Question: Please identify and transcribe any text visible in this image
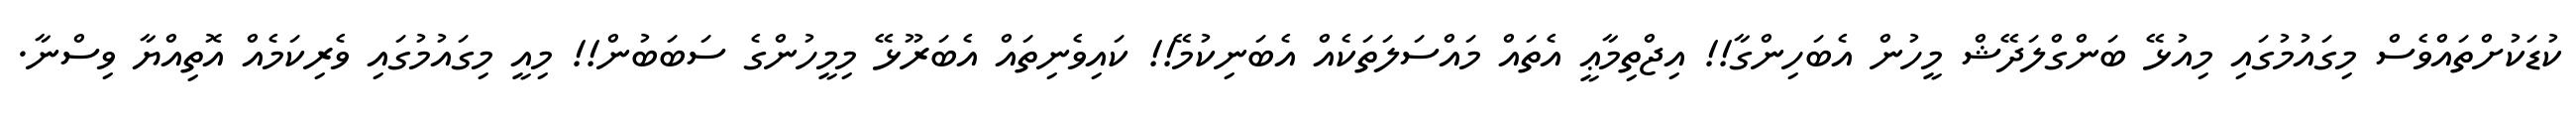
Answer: ކުޑަކުށްތައްވެސް މިގައުމުގައި މިއުޅޭ ބަންގްލަދޭޝް މީހުން އެބަހިންގާ!! އިޖްތިމާޢީ އެތައް މައްސަލަތަކެއް އެބަނިކުމޭ!! ކައިވެނިތައް އެބަރޫޅޭ މިމީހުންގެ ސަބަބުން!! މިއީ މިގައުމުގައި ވެރިކަމެއް އޮތިއްޔާ ވިސްނާ.